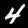
Label: 4